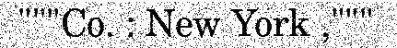
"""Co. : New York ,"""